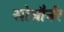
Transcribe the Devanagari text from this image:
सोजौर्नर